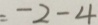
= - 2 - 4